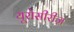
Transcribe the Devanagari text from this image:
यूरोसीरीज़